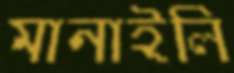
মানাইলি